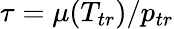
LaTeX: \tau={\mu(T_{tr})/{{p_{tr}}}}